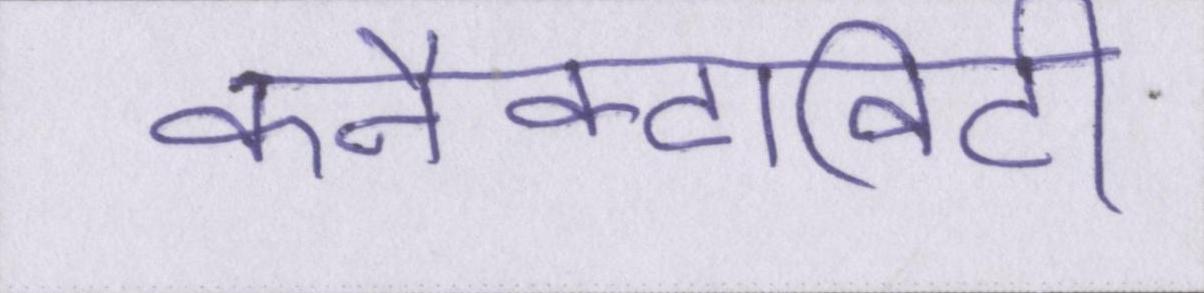
कनैक्टिविटी